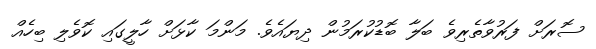
ސޮރަށް ފަރުވާތެރިވެ ބަލާ ބޮޑުކުރަމުން ދިޔައެވެ. މަންމަ ކާޅަށް ހާލީގައި ކޮވެލި ބިހެއް